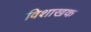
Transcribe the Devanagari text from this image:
विशाखक